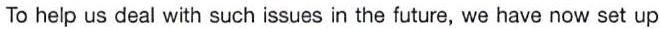
To help us deal with such issues in the future, we have now set up